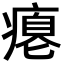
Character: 瘪